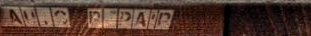
AUTO REPAIR